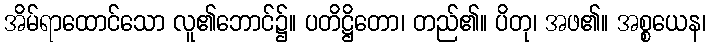
အိမ်ရာထောင်သော လူ၏ဘောင်၌။ ပတိဋ္ဌိတော၊ တည်၏။ ပိတု၊ အဖ၏။ အစ္စယေန၊